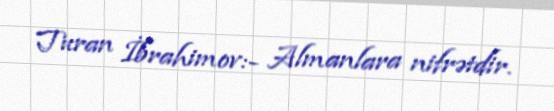
Turan İbrahimov:- Almanlara nifrətdir.